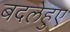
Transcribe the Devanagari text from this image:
बदलेहुए